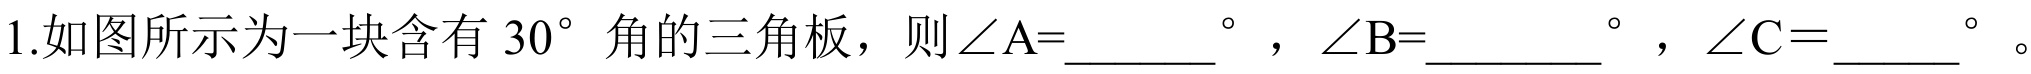
1.如图所示为一块含有$30^{\circ}$角的三角板，则$\angle A = \underline{\qquad}^{\circ}$，$\angle B=\underline{\qquad\;\;}^{\circ}$，$\angle C=\underline{\quad\;}^{\circ}$。